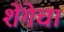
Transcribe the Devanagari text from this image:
शेंगेचा